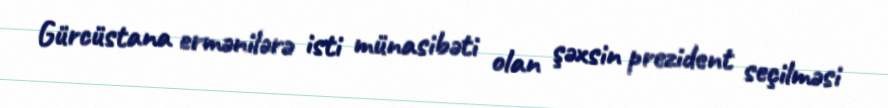
Gürcüstana ermənilərə isti münasibəti olan şəxsin prezident seçilməsi